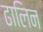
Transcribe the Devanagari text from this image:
ढालिन